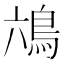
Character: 𮬭